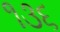
૧૩૬